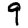
Digit: 9